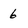
Character: 6